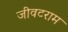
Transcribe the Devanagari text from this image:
जीवटराम